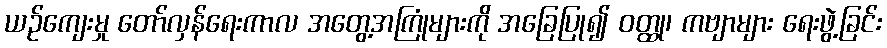
ယဉ်ကျေးမှု တော်လှန်ရေးကာလ အတွေ့အကြုံများကို အခြေပြု၍ ဝတ္ထု၊ ကဗျာများ ရေးဖွဲ့ခြင်း